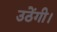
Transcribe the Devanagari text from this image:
उठेंगी।